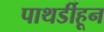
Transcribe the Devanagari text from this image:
पाथर्डीहून